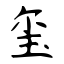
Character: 玺